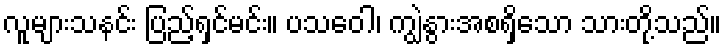
လူများသနင်း ပြည့်ရှင်မင်း။ ပသဝေါ၊ ကျွဲနွားအစရှိသော သားတို့သည်။